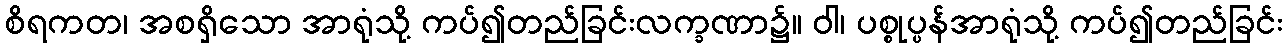
စိရကတ၊ အစရှိသော အာရုံသို့ ကပ်၍တည်ခြင်းလက္ခဏာ၌။ ဝါ၊ ပစ္စုပ္ပန်အာရုံသို့ ကပ်၍တည်ခြင်း